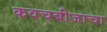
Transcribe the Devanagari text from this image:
कवचबीजाचा